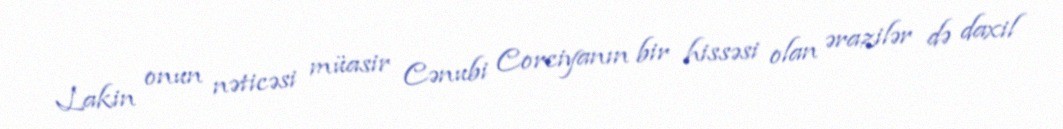
Lakin onun nəticəsi müasir Cənubi Corciyanın bir hissəsi olan ərazilər də daxil